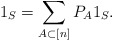
\begin{align*} 1_S = \sum_{A \subset [n]} P_A 1_S.\end{align*}